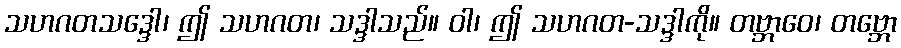
သဟဂတသဒ္ဒေါ၊ ဤ သဟဂတ၊ သဒ္ဒါသည်။ ဝါ၊ ဤ သဟဂတ-သဒ္ဒါကို။ တဗ္ဘာဝေ၊ တဗ္ဘော